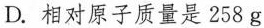
D. 相对原子质量是258g